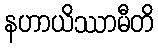
နဟာယိဿာမီတိ